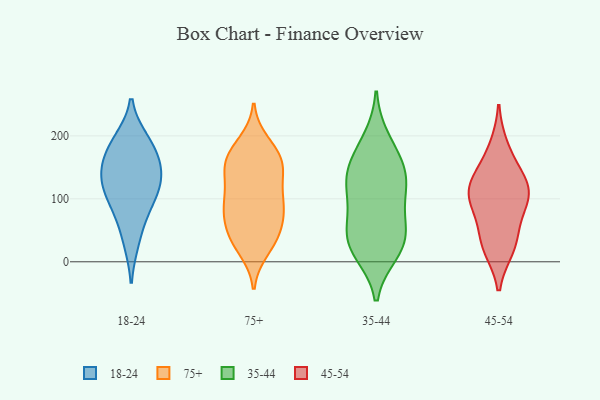
{"axis": {"x": "Active Users", "y": "Value"}, "legend": ["18-24", "35-44", "45-54", "75+"], "data": [{"x": "", "y": 123, "type": "18-24"}, {"x": "", "y": 135, "type": "18-24"}, {"x": "", "y": 94, "type": "18-24"}, {"x": "", "y": 186, "type": "18-24"}, {"x": "", "y": 169, "type": "18-24"}, {"x": "", "y": 33, "type": "18-24"}, {"x": "", "y": 192, "type": "18-24"}, {"x": "", "y": 80, "type": "18-24"}, {"x": "", "y": 124, "type": "18-24"}, {"x": "", "y": 150, "type": "18-24"}, {"x": "", "y": 97, "type": "75+"}, {"x": "", "y": 35, "type": "75+"}, {"x": "", "y": 188, "type": "75+"}, {"x": "", "y": 173, "type": "75+"}, {"x": "", "y": 56, "type": "75+"}, {"x": "", "y": 168, "type": "75+"}, {"x": "", "y": 96, "type": "75+"}, {"x": "", "y": 34, "type": "75+"}, {"x": "", "y": 87, "type": "75+"}, {"x": "", "y": 99, "type": "75+"}, {"x": "", "y": 40, "type": "75+"}, {"x": "", "y": 142, "type": "75+"}, {"x": "", "y": 138, "type": "75+"}, {"x": "", "y": 166, "type": "75+"}, {"x": "", "y": 20, "type": "75+"}, {"x": "", "y": 83, "type": "75+"}, {"x": "", "y": 69, "type": "75+"}, {"x": "", "y": 154, "type": "75+"}, {"x": "", "y": 144, "type": "75+"}, {"x": "", "y": 90, "type": "35-44"}, {"x": "", "y": 144, "type": "35-44"}, {"x": "", "y": 15, "type": "35-44"}, {"x": "", "y": 195, "type": "35-44"}, {"x": "", "y": 50, "type": "35-44"}, {"x": "", "y": 173, "type": "35-44"}, {"x": "", "y": 123, "type": "35-44"}, {"x": "", "y": 109, "type": "35-44"}, {"x": "", "y": 59, "type": "35-44"}, {"x": "", "y": 14, "type": "35-44"}, {"x": "", "y": 33, "type": "35-44"}, {"x": "", "y": 148, "type": "35-44"}, {"x": "", "y": 36, "type": "35-44"}, {"x": "", "y": 132, "type": "35-44"}, {"x": "", "y": 181, "type": "45-54"}, {"x": "", "y": 132, "type": "45-54"}, {"x": "", "y": 96, "type": "45-54"}, {"x": "", "y": 106, "type": "45-54"}, {"x": "", "y": 45, "type": "45-54"}, {"x": "", "y": 27, "type": "45-54"}, {"x": "", "y": 107, "type": "45-54"}, {"x": "", "y": 23, "type": "45-54"}, {"x": "", "y": 140, "type": "45-54"}, {"x": "", "y": 99, "type": "45-54"}]}